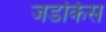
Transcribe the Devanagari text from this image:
जडकिस